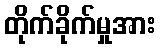
တိုက်ခိုက်မှုအား